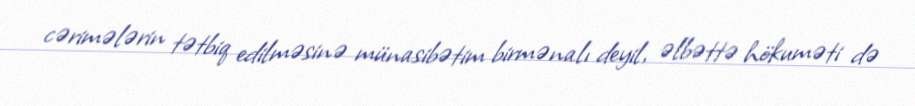
cərimələrin tətbiq edilməsinə münasibətim birmənalı deyil, əlbəttə hökuməti də